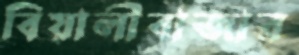
বিয়ালীবাজার